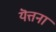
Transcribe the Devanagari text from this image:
यॆत्तना